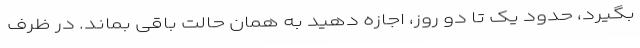
بگیرد، حدود یک تا دو روز، اجازه دهید به همان حالت باقی بماند. در ظرف